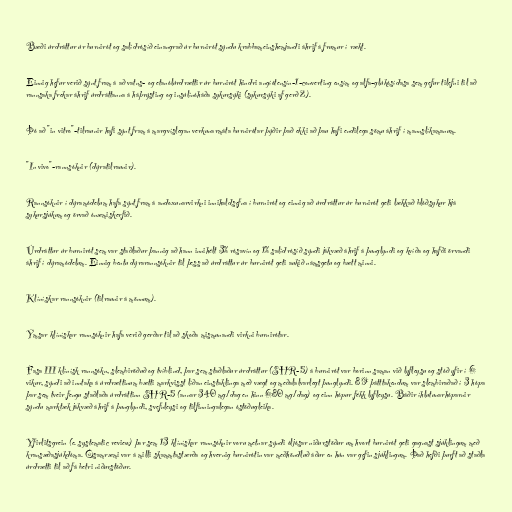
Bæði úrdráttur úr burnirót og salídrósíð einangrað úr burnirót sýndu krabbameinshemjandi áhrif á frumur í rækt.

Einnig hefur verið sýnt fram á að vatns- og etanólúrdrættir úr burnirót hindri angíótensín-1-converting ensím og alfa-glúkósídasa sem gefur tilefni til að
rannsaka frekar áhrif úrdráttanna á háþrýsting og insúlínóháða sykursýki (sykursýki af gerð 2).

Þó að "in vitro"-tilraunir hafi sýnt fram á margvíslegan verkunarmáta burnirótar þýðir það ekki að þau hafi endilega sömu áhrif í mannslíkamanum.

"In vivo"-rannsóknir (dýratilraunir).

Rannsóknir í dýramódelum hafa sýnt fram á andoxunarvirkni innihaldsefna í burnirót og einnig að úrdráttur úr burnirót geti lækkað blóðsykur hjá
sykursjúkum og örvað ónæmiskerfið.

Úrdráttur úr burnirót sem var staðlaður þannig að hann innihélt 3% rósavín og 1% salídrósíð sýndi jákvæð áhrif á þunglyndi og kvíða og hafði örvandi
áhrif í dýramódelum. Einnig bentu dýrarannsóknir til þess að úrdráttur úr burnirót geti aukið námsgetu og bætt minni.

Klínískar rannsóknir (tilraunir á mönnum).

Ýmsar klínískar rannsóknir hafa verið gerðar til að skoða mismunandi virkni burnirótar.

Fasa III klínísk rannsókn, slembiröðuð og tvíblind, þar sem staðlaður úrdráttur (SHR-5) á burnirót var borinn saman við lyfleysu og stóð yfir í 6
vikur, sýndi að inntaka á úrdrættinum bætti markvisst líðan einstaklinga með vægt og meðalalvarlegt þunglyndi. 89 þátttakendum var slembiraðað í 3 hópa
þar sem tveir fengu staðlaða úrdráttinn SHR-5 (annar 340 mg/dag en hinn 680 mg/dag) og einn hópur fékk lyfleysu. Báðir íhlutunarhóparnir
sýndu marktæk jákvæð áhrif á þunglyndi, svefnleysi og tilfinningalegan óstöðugleika.

Yfirlitsgrein (e. systematic review) þar sem 13 klínískar rannsóknir voru metnar sýndi óljósar niðurstöður um hvort burnirót geti gagnast sjúklingum með
kransæðasjúkdóma. Ósamræmi var á milli skammtastærða og hvernig burnirótin var meðhöndluð áður en hún var gefin sjúklingum. Það hefði þurft að staðla
úrdrætti til að fá betri niðurstöður.